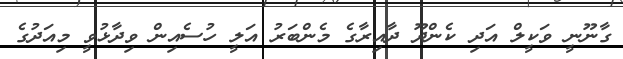
ގާނޫނީ ވަކީލް އަދި ކެންދޫ ދާއިރާގެ މެންބަރު އަލީ ހުސެއިން ވިދާޅުވީ މިއަދުގެ